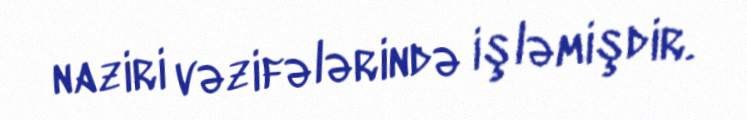
naziri vəzifələrində işləmişdir.